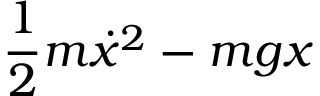
\frac { 1 } { 2 } m \dot { x } ^ { 2 } - m g x